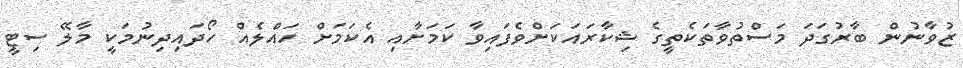
ޒުވާނުން ބާރުގަދަ މަސްތުވާތަކެތީގެ ޝިކާރައަކަށްވެފައިވާ ކަމަށާއި އެކަމަށް ހައްލެއް ހޯދައިދިނުމަކީ މާލޭ ސިޓީ